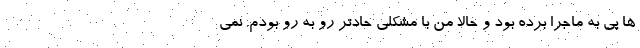
ها پی به ماجرا برده بود و حالا من با مشکلی حادتر رو به رو بودم. نمی